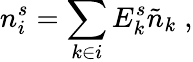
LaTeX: n_{i}^{s}=\sum_{k\in i}E_{k}^{s}\tilde{n}_{k}\; ,